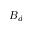
B _ { d }